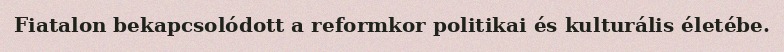
Fiatalon bekapcsolódott a reformkor politikai és kulturális életébe.